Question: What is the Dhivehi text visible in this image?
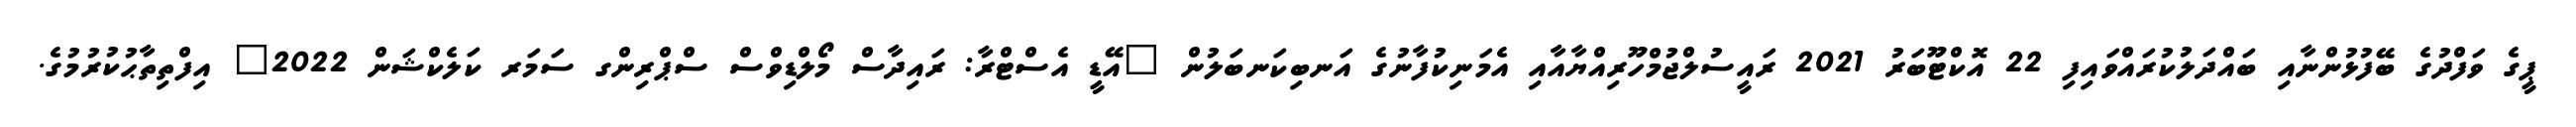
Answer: ޕީގެ ވަފްދުގެ ބޭފުޅުންނާއި ބައްދަލުކުރައްވައިފި 22 އޮކްޓޫބަރު 2021 ރައީސުލްޖުމްހޫރިއްޔާއާއި އެމަނިކުފާނުގެ އަނބިކަނބަލުން "އޭޑީ އެސްޓްރާ: ރައިދާސް މޯލްޑިވްސް ސްޕްރިންގ ސަމަރ ކަލެކްޝަން 2022" އިފްތިތާޙުކުރުމުގެ.